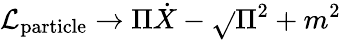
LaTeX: \mathcal{L}_{\mathrm{{particle}}}\to\Pi\dot{{X}}-\sqrt{}{{\Pi^{2}+m^{2}}}